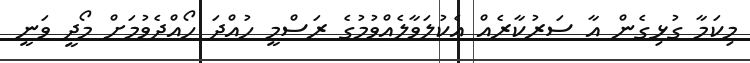
މިކަމާ ގުޅިގެން އާ ސަރުކާރެއް އެކުލަވާލެއްވުމުގެ ރަސްމީ ހުއްދަ ހޯއްދެވުމަށް މޯދީ ވަނީ